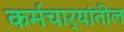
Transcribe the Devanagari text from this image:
कर्मचार्‍यांतील